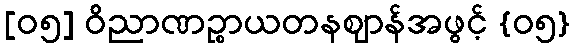
[၀၅] ဝိညာဏဉ္စာယတနဈာန်အဖွင့် {၀၅}